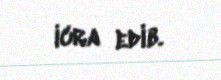
icra edib.